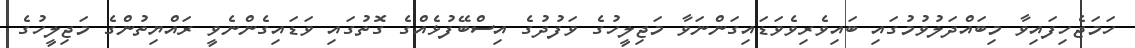
ހަމަޖެހިފައިވާ މިބައްދަލުވުމުގައި ބައިވެރިވެވަޑައިގަންނަވާ މަޖިލީހުގެ ވަފުދުގެ އިސްބޭފުޅެއްގެ ގޮތުގައި ވަޑައިގެންނެވީ ރައްޔިތުންގެ މަޖިލީހުގެ